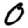
Digit: 0